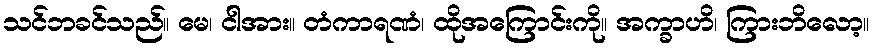
သင်ဘခင်သည်။ မေ၊ ငါအား။ တံကာရဏံ၊ ထိုအကြောင်းကို။ အက္ခာဟိ၊ ကြားဘိလော့။